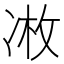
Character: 𫥏